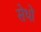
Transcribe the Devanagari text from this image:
सेथो